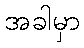
အခါမှာ